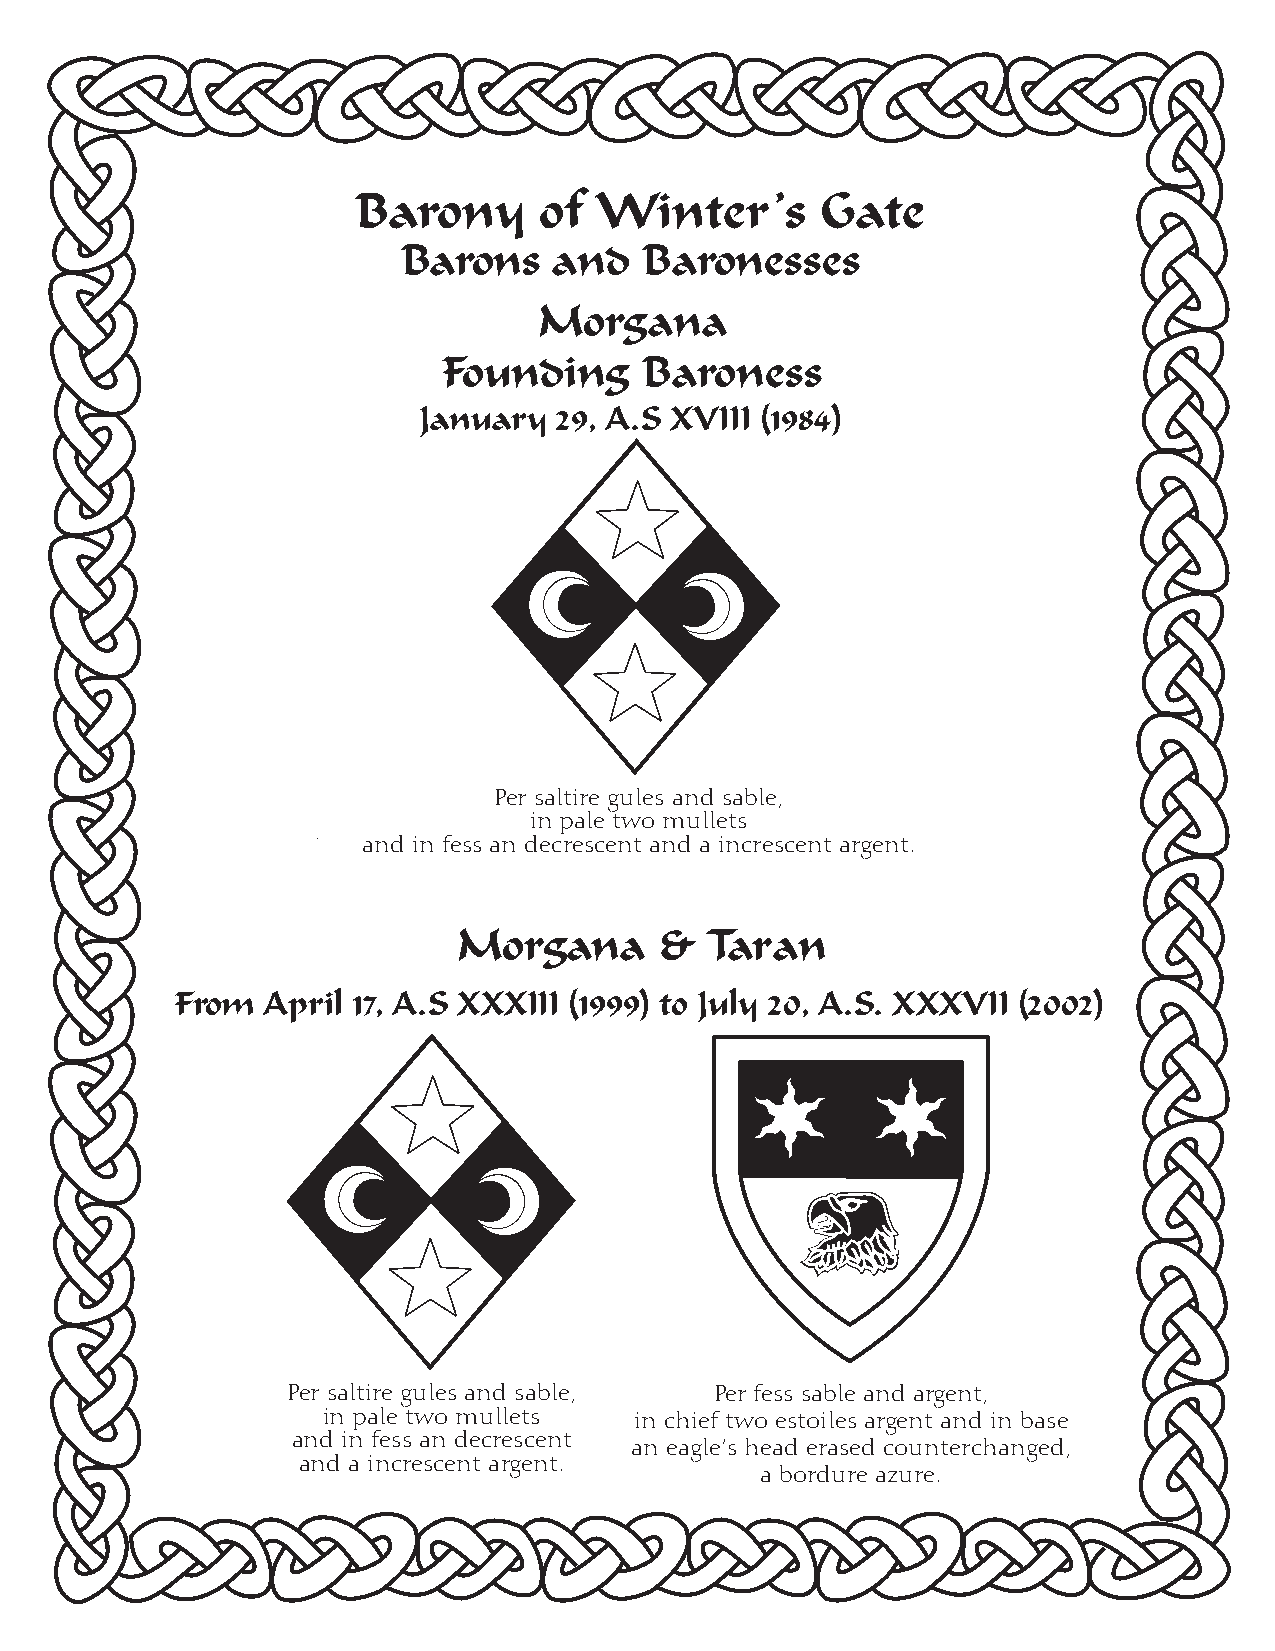
Barony      of Winter’s       Gate
 Barons    and   Baronesses
 Morgana
 Founding      Baroness
 January  29, A.S XVIII (1984)
 Per saltire gules and sable,
 in pale two mullets
 and in fess an decrescent and a increscent argent.
 Morgana       &  Taran
 From  April 17, A.S XXXIII (1999) to July 20, A.S. XXXVII (2002)
 Per saltire gules and sable, Per fess sable and argent,
 in pale two mullets  in chief two estoiles argent and in base
 and in fess an decrescent
 an eagle’s head erased counterchanged,
 and a increscent argent.
 a bordure azure.